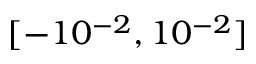
[ - 1 0 ^ { - 2 } , 1 0 ^ { - 2 } ]